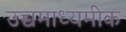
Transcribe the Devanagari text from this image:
उच्चमाध्यमीक